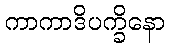
ကာကာဒိပက္ခိနော